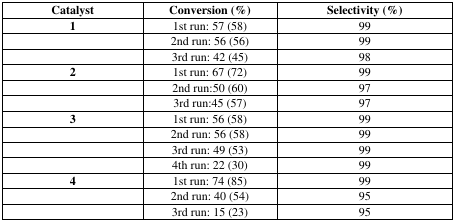
<table><thead><tr><td><b>Catalyst</b></td><td><b>Conversion (%)</b></td><td><b>Selectivity (%)</b></td></tr></thead><tbody><tr><td><b>1</b></td><td>1st run: 57 (58)</td><td>99</td></tr><tr><td></td><td>2nd run: 56 (56)</td><td>99</td></tr><tr><td></td><td>3rd run: 42 (45)</td><td>98</td></tr><tr><td><b>2</b></td><td>1st run: 67 (72)</td><td>99</td></tr><tr><td></td><td>2nd run:50 (60)</td><td>97</td></tr><tr><td></td><td>3rd run:45 (57)</td><td>97</td></tr><tr><td><b>3</b></td><td>1st run: 56 (58)</td><td>99</td></tr><tr><td></td><td>2nd run: 56 (58)</td><td>99</td></tr><tr><td></td><td>3rd run: 49 (53)</td><td>99</td></tr><tr><td></td><td>4th run: 22 (30)</td><td>99</td></tr><tr><td><b>4</b></td><td>1st run: 74 (85)</td><td>99</td></tr><tr><td></td><td>2nd run: 40 (54)</td><td>95</td></tr><tr><td></td><td>3rd run: 15 (23)</td><td>95</td></tr></tbody></table>